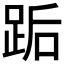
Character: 𰸋